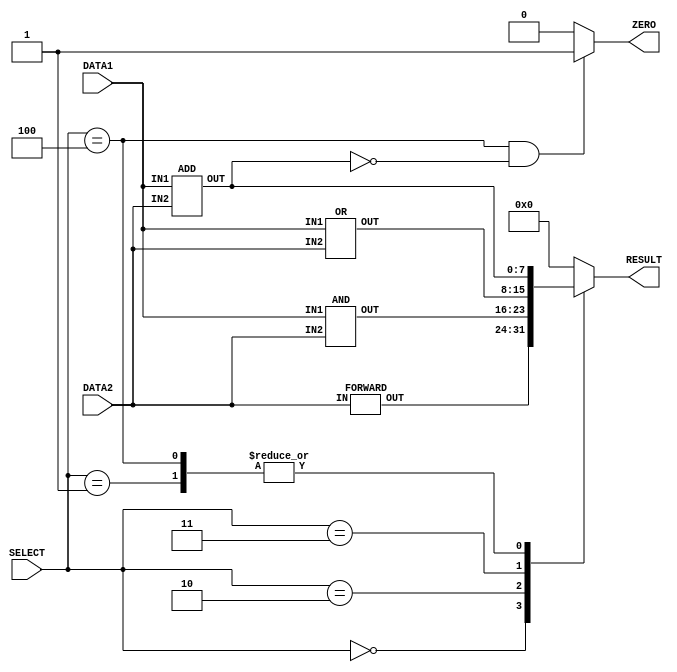
//ALU
module alu(DATA1,DATA2,ZERO,RESULT,SELECT);
	//Port declaration
	input [7:0] DATA1;					//8 bit unsigned input 
	input signed [7:0] DATA2;			//8 bit signed input
	input [2:0] SELECT;					//3 bit unsigned input
	output reg signed[7:0] RESULT;		//8 bit signed input register
	output reg[0:0] ZERO;
	
	wire [7:0] FORWARD_RESULT,AND_RESULT,OR_RESULT,ADD_RESULT; //8 bit wires to collect design outputs

	//instantiate FORWARD module
	FORWARD myforward(DATA2,FORWARD_RESULT);
	//instantiate AND module	
	AND myand(DATA1,DATA2,AND_RESULT);
	//instantiate OR module
	OR myor(DATA1,DATA2,OR_RESULT);
	//instantiate ADD module
	ADD myadd(DATA1,DATA2,ADD_RESULT);

	//Get executed whenever the values SELECT,FORWARD_RESULT,AND_RESULT,ADD_RESULT and OR_RESULT changes
	always @(SELECT or FORWARD_RESULT or AND_RESULT or ADD_RESULT or OR_RESULT)
	//Select the result based on the value of the selecct signal
	begin
		case(SELECT)
			3'b000 : RESULT = FORWARD_RESULT; 
			3'b001 : RESULT = ADD_RESULT;
			3'b010 : RESULT = AND_RESULT;
			3'b011 : RESULT = OR_RESULT;
      3'b100 : RESULT = ADD_RESULT;
			default:RESULT = 8'b0;
		endcase
	
		if((SELECT == 3'b100) && (ADD_RESULT == 0)) begin
			ZERO = 1'b1;
		end else
			ZERO = 1'b0;
	end	
endmodule	

//module for FORWARD function
module FORWARD(IN,OUT);
	input [7:0] IN;		//8 bit input
	output [7:0] OUT;	//8 bit output
	
	assign #1 OUT = IN; //assign input to output with 1 unit delay
endmodule	//FORWARD

//module for AND function
module AND(IN1,IN2,OUT);
	input [7:0] IN1,IN2; //8 bit inputs
	output [7:0] OUT;	 //8 bit inputs
	
	assign #1 OUT = IN1 & IN2; //bitwise and on inputs with 1 unit delay
endmodule	//AND

//module for OR function
module OR(IN1,IN2,OUT);
	input [7:0] IN1,IN2; //8 bit inputs
	output [7:0] OUT;    //8 bit output
	
	assign #1 OUT = IN1 | IN2;	//bitwise or on inputs with 1 unit delay
endmodule	//OR

//module for ADD function
module ADD(IN1,IN2,OUT);
	input [7:0] IN1;			//8 bit unsigned input 
	input signed [7:0] IN2;		//8 bit signed input 
	output signed [7:0] OUT;	//8 bit signed output 
	
	assign #2 OUT=IN1+IN2;	//addition of inputs with 2 unit delay
endmodule	//ADD